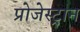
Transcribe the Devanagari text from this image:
प्रोजेस्ट्रान